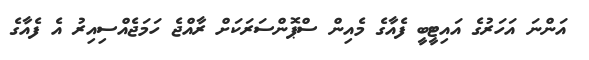
އަންނަ އަހަރުގެ އައިޓީބީ ފެއާގެ މެއިން ސްޕޮންސަރަކަށް ރާއްޖެ ހަމަޖެއްސިއިރު އެ ފެއާގެ